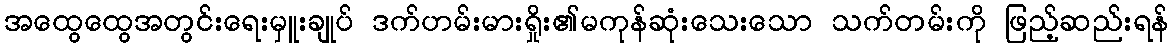
အထွေထွေအတွင်းရေးမှူးချုပ် ဒက်ဟမ်းမားရှိုး၏မကုန်ဆုံးသေးသော သက်တမ်းကို ဖြည့်ဆည်းရန်